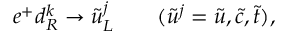
e ^ { + } d _ { R } ^ { k } \rightarrow \tilde { u } _ { L } ^ { j } ~ ~ ~ ~ ~ ~ ( \tilde { u } ^ { j } = \tilde { u } , \tilde { c } , \tilde { t } ) ,